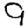
Digit: 9